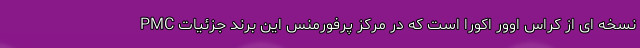
PMC نسخه ای از کراس اوور اکورا است که در مرکز پرفورمنس این برند جزئیات